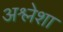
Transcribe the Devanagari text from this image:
अश्लेशा